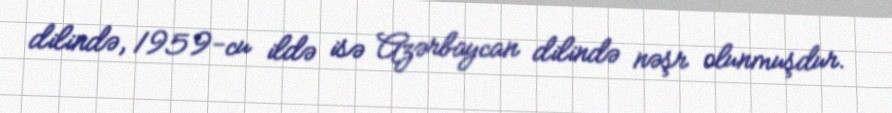
dilində, 1959-cu ildə isə Azərbaycan dilində nəşr olunmuşdur.